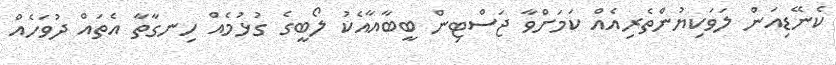
ކެނޭޑިއަން ލަވަކިޔުންތެރިއެއް ކަމަށްވާ ޖަސްޓިން ބީބާއާއެކު ލޯބީގެ ގުޅުމެއް ހިނގާތާ އެތައް ދުވަހެއް